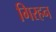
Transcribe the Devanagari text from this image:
गिरहन